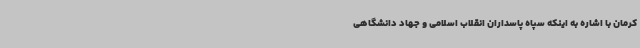
کرمان با اشاره به اینکه سپاه پاسداران انقلاب اسلامی و جهاد دانشگاهی